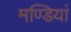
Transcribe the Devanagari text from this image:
मण्डियां